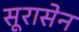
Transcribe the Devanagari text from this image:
सूरासेन